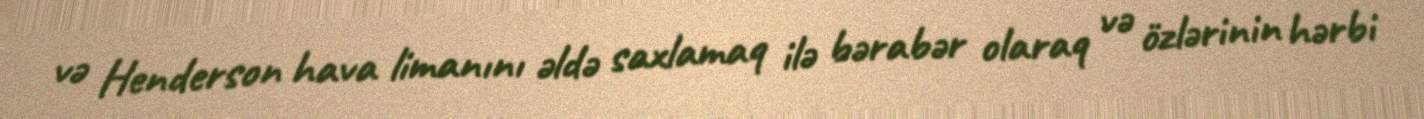
və Henderson hava limanını əldə saxlamaq ilə bərabər olaraq və özlərinin hərbi